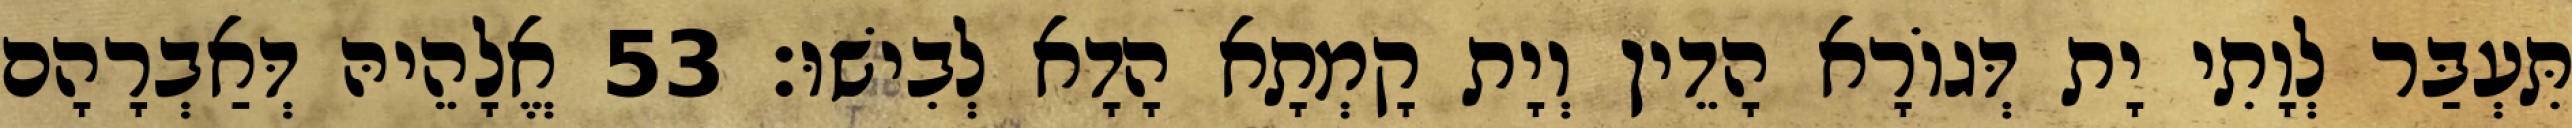
תִּעְבַּר לְוָתִי יָת דְּגוֹרָא הָדֵין וְיָת קָמְתָא הָדָא לְבִישׁוּ׃ 53 אֱלָהֵיהּ דְּאַבְרָהָם